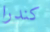
كندرا